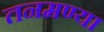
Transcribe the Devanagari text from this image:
तनमण्या